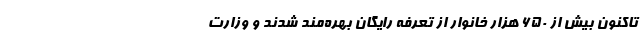
تاکنون بیش از ۶۵۰ هزار خانوار از تعرفه رایگان بهره‌مند شدند و وزارت